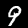
Label: 9